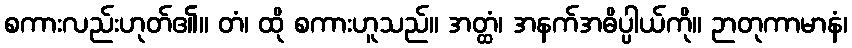
စကားလည်းဟုတ်၏။ တံ၊ ထို စကားဟူသည်။ အတ္ထံ၊ အနက်အဓိပ္ပါယ်ကို။ ဉာတုကာမာနံ၊